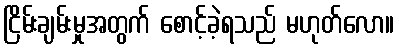
ငြိမ်းချမ်းမှုအတွက် စောင့်ခဲ့ရသည် မဟုတ်လော။